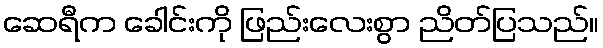
ဆေရီက ခေါင်းကို ဖြည်းလေးစွာ ညိတ်ပြသည်။